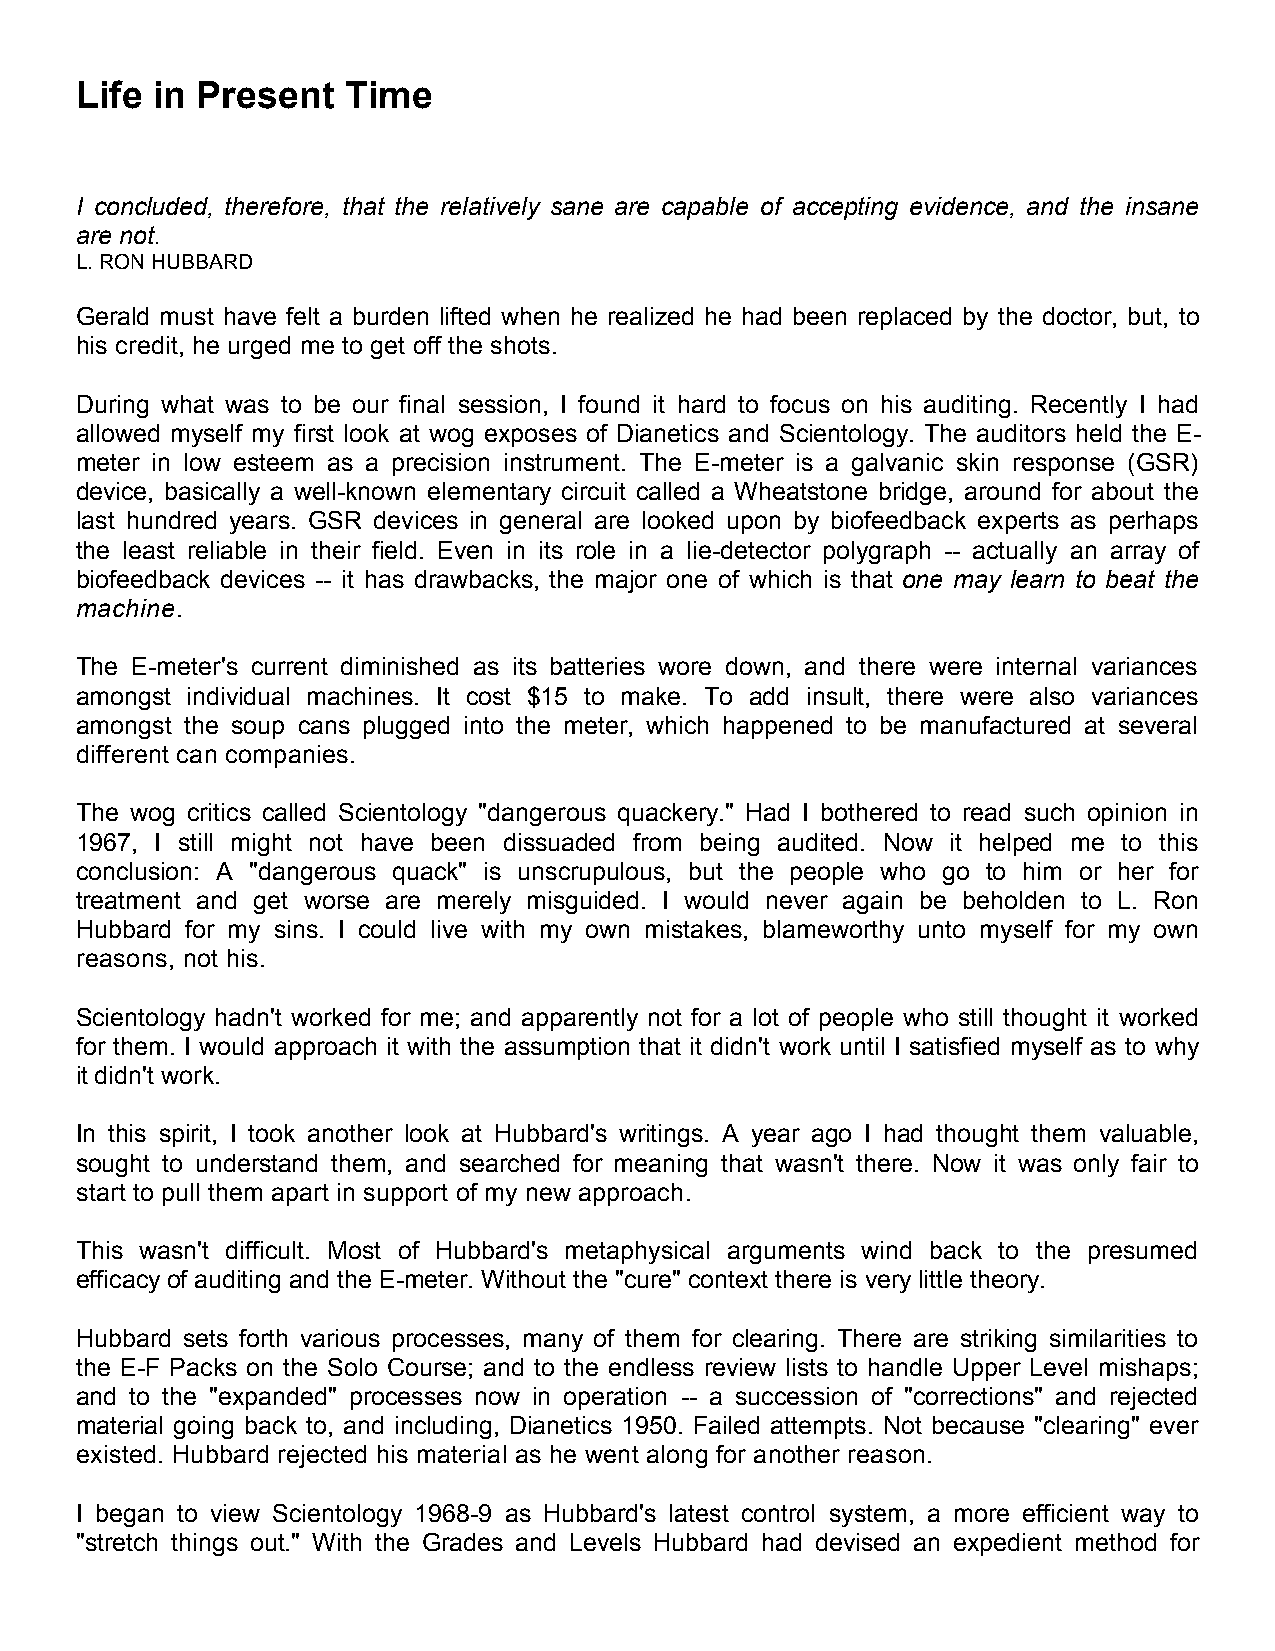
Life in Present   Time
 I concluded, therefore, that the relatively sane are capable of accepting evidence, and the insane
 are not.
 L. RON HUBBARD
 Gerald must have felt a burden lifted when he realized he had been replaced by the doctor, but, to
 his credit, he urged me to get off the shots.
 During what was to be our final session, I found it hard to focus on his auditing. Recently I had
 allowed myself my first look at wog exposes of Dianetics and Scientology. The auditors held the E-
 meter in low esteem as a precision instrument. The E-meter is a galvanic skin response (GSR)
 device, basically a well-known elementary circuit called a Wheatstone bridge, around for about the
 last hundred years. GSR devices in general are looked upon by biofeedback experts as perhaps
 the least reliable in their field. Even in its role in a lie-detector polygraph -- actually an array of
 biofeedback devices -- it has drawbacks, the major one of which is that one may learn to beat the
 machine.
 The E-meter's current diminished as its batteries wore down, and there were internal variances
 amongst individual machines. It cost $15 to make. To add insult, there were also variances
 amongst the soup cans plugged into the meter, which happened to be manufactured at several
 different can companies.
 The wog critics called Scientology "dangerous quackery." Had I bothered to read such opinion in
 1967, I still might not have been dissuaded from being audited. Now it helped me to this
 conclusion: A "dangerous quack" is unscrupulous, but the people who go to him or her for
 treatment and get worse are merely misguided. I would never again be beholden to L. Ron
 Hubbard for my sins. I could live with my own mistakes, blameworthy unto myself for my own
 reasons, not his.
 Scientology hadn't worked for me; and apparently not for a lot of people who still thought it worked
 for them. I would approach it with the assumption that it didn't work until I satisfied myself as to why
 it didn't work.
 In this spirit, I took another look at Hubbard's writings. A year ago I had thought them valuable,
 sought to understand them, and searched for meaning that wasn't there. Now it was only fair to
 start to pull them apart in support of my new approach.
 This wasn't difficult. Most of Hubbard's metaphysical arguments wind back to the presumed
 efficacy of auditing and the E-meter. Without the "cure" context there is very little theory.
 Hubbard sets forth various processes, many of them for clearing. There are striking similarities to
 the E-F Packs on the Solo Course; and to the endless review lists to handle Upper Level mishaps;
 and to the "expanded" processes now in operation -- a succession of "corrections" and rejected
 material going back to, and including, Dianetics 1950. Failed attempts. Not because "clearing" ever
 existed. Hubbard rejected his material as he went along for another reason.
 I began to view Scientology 1968-9 as Hubbard's latest control system, a more efficient way to
 "stretch things out." With the Grades and Levels Hubbard had devised an expedient method for